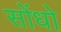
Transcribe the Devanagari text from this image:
सोंधो